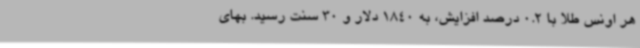
هر اونس طلا با 0.2 درصد افزایش، به 1840 دلار و 30 سنت رسید. بهای